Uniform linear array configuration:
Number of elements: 64
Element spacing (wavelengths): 1
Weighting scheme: blackman
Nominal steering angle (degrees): -30
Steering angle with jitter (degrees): -30.921
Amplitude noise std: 0.05
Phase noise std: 0.05

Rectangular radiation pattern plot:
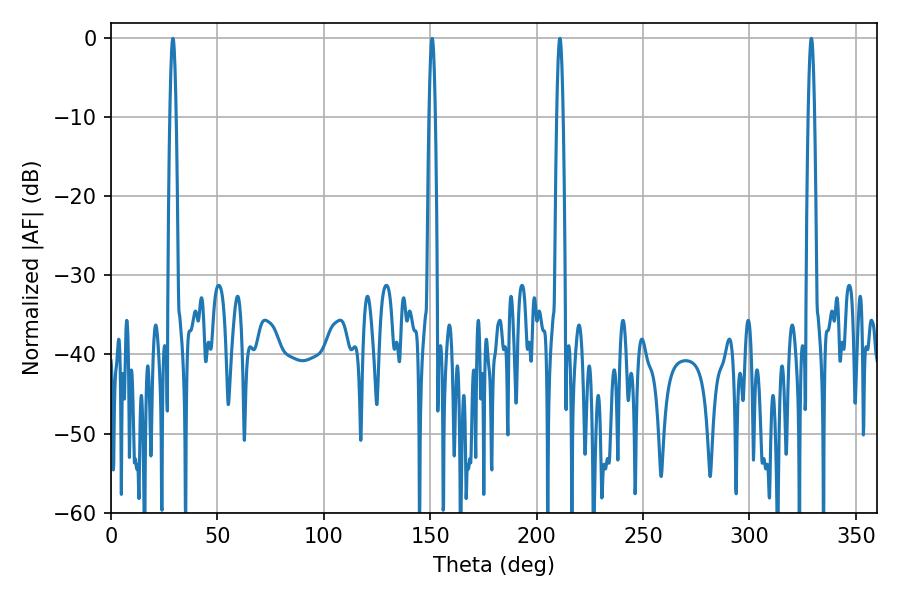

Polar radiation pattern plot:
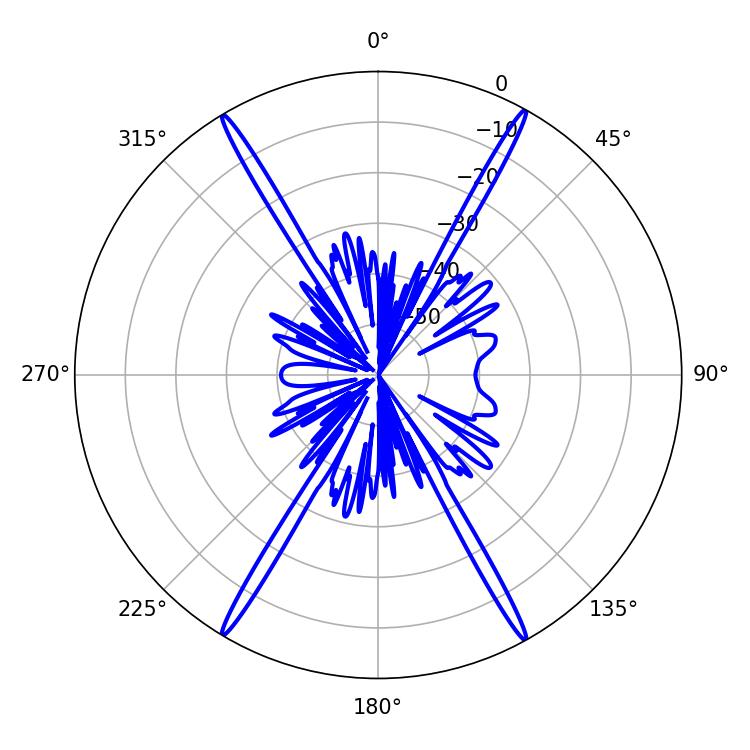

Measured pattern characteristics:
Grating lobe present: TRUE
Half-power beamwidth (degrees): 1.62
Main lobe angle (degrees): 329.04